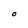
Character: O